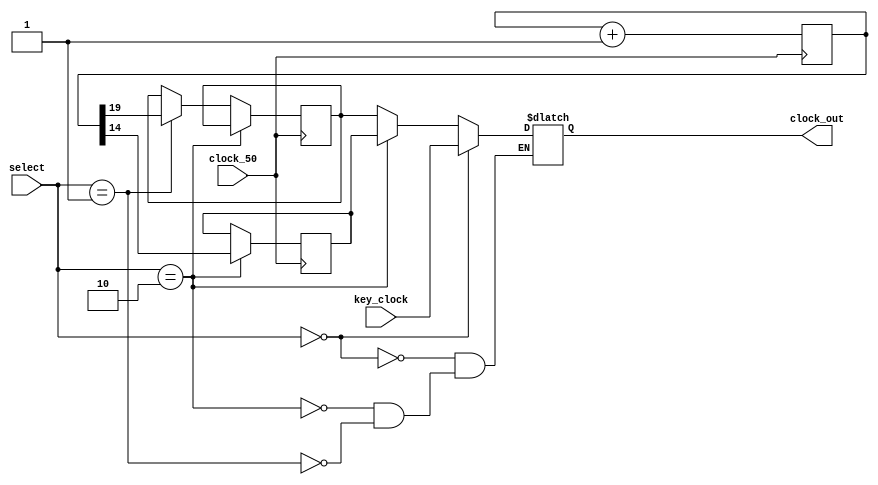
// file clock_mux.v
module clock_mux(
	input wire clock_50,
	input wire key_clock,

	input wire [1:0] select,

	output reg clock_out
);

	reg [19:0] divisor;
	reg clock1;
	reg clock2;

	initial begin
		divisor = 0;
		clock1 = 0;
		clock2 = 0;
	end

	// other clock outputs are divisions of clock_50
	always @(posedge clock_50) begin
		if (select == 2'b10) begin
			clock1 <= divisor[14];
		end else
		if (select == 2'b01) begin
			clock2 <= divisor[19];
		end

		divisor <= divisor + 1;
	end

	always @(*) begin
		if (select == 2'b00) begin
			clock_out <= key_clock;
		end else
		if (select == 2'b10) begin
			clock_out <= clock1;
		end else
		if (select == 2'b01) begin
			clock_out <= clock2;
		end
	end

endmodule